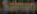
Salmon